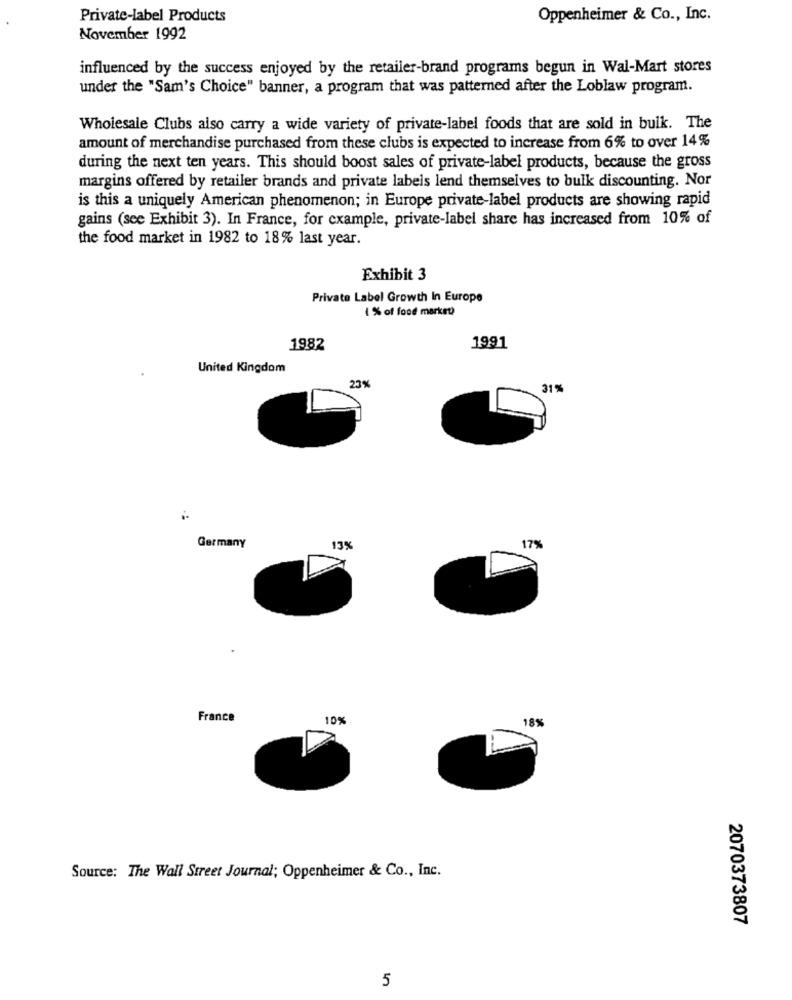
Private-label Products
Oppenheimer & Co ., Inc.
November 1992
influenced by the success enjoyed by the retailer-brand programs begun in Wal-Mart stores
under the "Sam's Choice" banner, a program that was patterned after the Loblaw program.
Wholesale Clubs also carry a wide variety of private-label foods that are sold in bulk. The
amount of merchandise purchased from these clubs is expected to increase from 6% to over 14%
during the next ten years. This should boost sales of private-label products, because the gross
margins offered by retailer brands and private labels lend themselves to bulk discounting. Nor
is this a uniquely American phenomenon; in Europe private-label products are showing rapid
gains (see Exhibit 3). In France, for example, private-label share has increased from 10% of
the food market in 1982 to 18% last year.
Exhibit 3
Private Label Growth In Europe
1 % of food market)
1982
1991
United Kingdom
23%
31%
Germany
17%
13%
France
10%
18%
Source: The Wall Street Journal; Oppenheimer & Co ., Inc.
2070373807
5